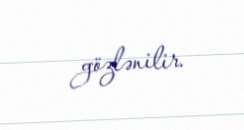
gözlənilir.